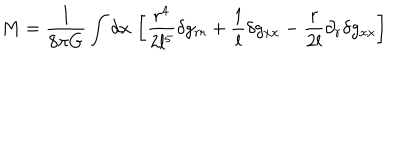
M = \frac { l } { 8 \pi G } \int d x \, \left[ \frac { r ^ { 4 } } { 2 l ^ { 5 } } \delta g _ { r r } + \frac { 1 } { l } \delta g _ { x x } - \frac { r } { 2 l } \partial _ { r } \delta g _ { x x } \right]